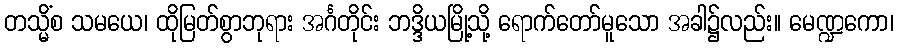
တသ္မိံစ သမယေ၊ ထိုမြတ်စွာဘုရား အင်္ဂတိုင်း ဘဒ္ဒိယမြို့သို့ ရောက်တော်မူသော အခါ၌လည်း။ မေဏ္ဍကော၊